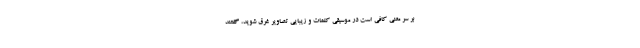
بر سر معنی کافی است در موسیقی کلمات و زیبایی تصاویر غرق شوید، گفتند